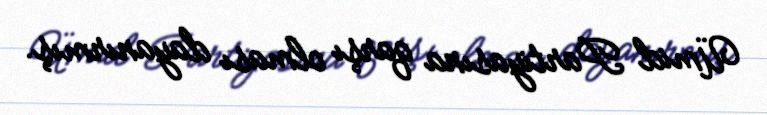
Ümid Partiyasına qarşı olması dayanırmış.